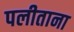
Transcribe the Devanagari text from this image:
पलीताना